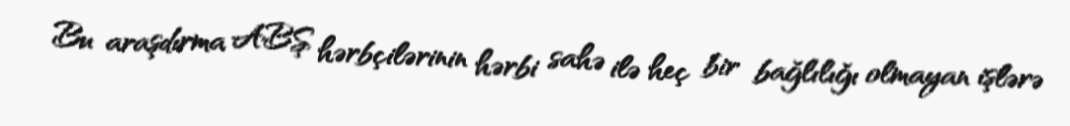
Bu araşdırma ABŞ hərbçilərinin hərbi sahə ilə heç bir bağlılığı olmayan işlərə